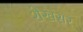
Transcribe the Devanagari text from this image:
शेखसर